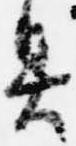
具